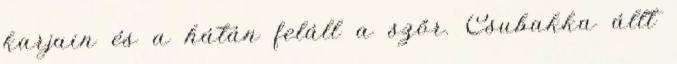
karjain és a hátán feláll a szőr. Csubakka állt